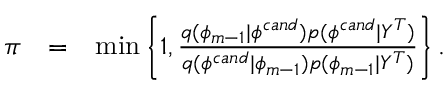
\begin{array} { r c l } { \pi } & { = } & { \operatorname* { m i n } \left\{ 1 , \frac { q ( \phi _ { m - 1 } | \phi ^ { c a n d } ) p ( \phi ^ { c a n d } | Y ^ { T } ) } { q ( \phi ^ { c a n d } | \phi _ { m - 1 } ) p ( \phi _ { m - 1 } | Y ^ { T } ) } \right\} . } \end{array}